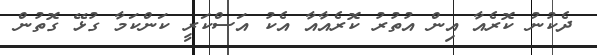
ދެކުނު ކޮރެއާ އިން އުތުރު ކޮރެއާއާ އެކު އަސްކަރީ ކަންކަމާ ގުޅޭ ގޮތުން